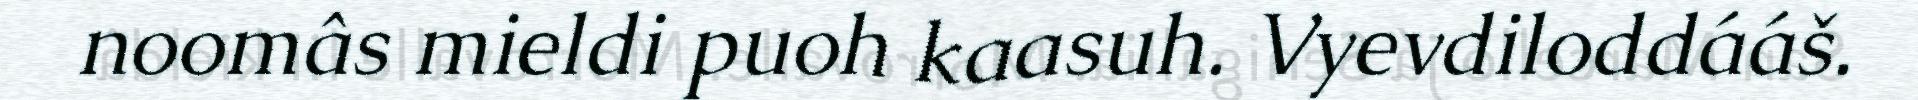
noomâs mieldi puoh kaasuh. Vyevdiloddááš.